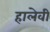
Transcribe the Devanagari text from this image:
हालेवी